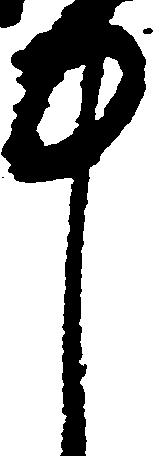
中